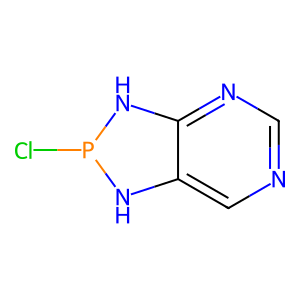
SMILES: ClP1Nc2cncnc2N1
Inhibits HIV replication: No